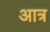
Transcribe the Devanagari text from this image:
आत्र